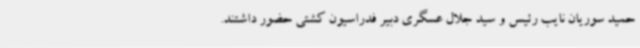
حمید سوریان نایب رئیس و سید جلال عسگری دبیر فدراسیون کشتی حضور داشتند.